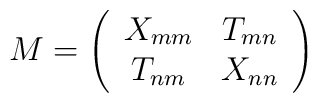
M = \left(\begin{array}{cc} X_{mm} & T_{mn} \cr T_{nm} & X_{nn}\end{array}\right)